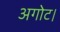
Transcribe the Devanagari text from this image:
अगोट।